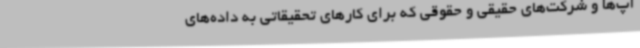
آپ‌ها و شرکت‌های حقیقی و حقوقی که برای کارهای تحقیقاتی به داده‌های